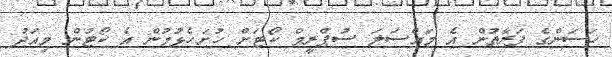
ހަސަންގެ ފަރާތުން އެ މައްސަލަ ސުޕްރީމް ކޯޓަށް ހުށަހެޅުމުން އެ ކޯޓުން މިއަދު